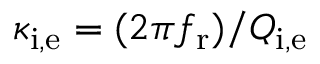
\kappa _ { \mathrm { i , e } } = ( 2 \pi f _ { \mathrm { r } } ) / Q _ { \mathrm { i , e } }